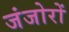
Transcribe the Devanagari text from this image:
जंजोरों